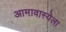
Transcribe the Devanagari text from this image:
आमावास्येला